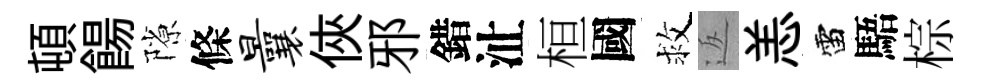
頓餳隙條曩俠邪錯沚桓國救返恙雷䮏棕